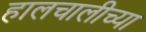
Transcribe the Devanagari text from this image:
हालचालीच्या